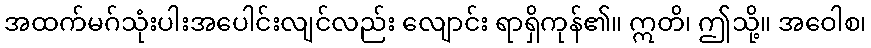
အထက်မဂ်သုံးပါးအပေါင်းလျင်လည်း လျောင်း ရာရှိကုန်၏။ ဣတိ၊ ဤသို့။ အဝေါစ၊